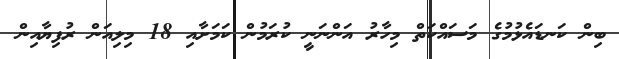
ބިން ކަނޑައެޅުމުގެ މަސައްކަތް މިހާރު އަންނަނީ ކުރަމުން ކަމަށާއި 18 މިލިއަން ރުފިޔާއިން